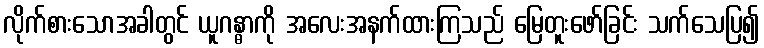
လိုက်စားသောအခါတွင် ယူဂန္ဓာကို အလေးအနက်ထားကြသည် မြေတူးဖော်ခြင်း သက်သေပြ၍